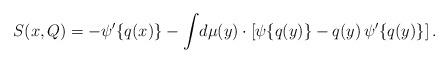
LaTeX: \begin{align*} S(x,Q) = -\psi'\{q(x)\}-\int\!d\mu(y)\cdot\left[\psi\{q(y)\}-q(y)\,\psi'\{q(y)\}\right].\end{align*}